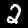
Digit: 2